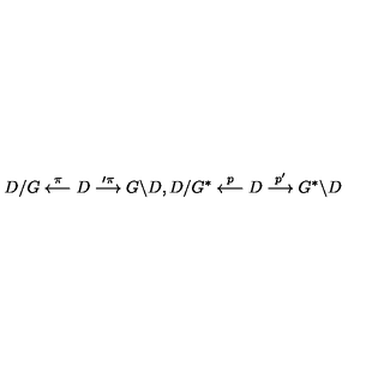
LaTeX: D / G \stackrel { \pi } { \longleftarrow } D \stackrel { \prime { \pi } } { \longrightarrow } G \backslash D , D / G ^ { * } \stackrel { p } { \longleftarrow } D \stackrel { p ^ { \prime } } { \longrightarrow } G ^ { * } \backslash D